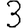
Digit: 3